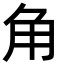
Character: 角